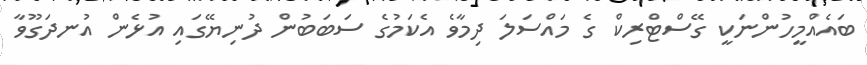
ބައެއްމީހުންނަކީ ގޭސްޓްރިކް ގެ މައްސަލަ ދިމާވެ އެކަމުގެ ސަބަބުން ދުނިޔޭގައި އުޅެން އުނދަގޫވާ